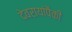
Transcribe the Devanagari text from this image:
देवरायांपैकी